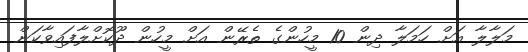
މަލާލާ އަށް ހަމަލާ ދިން 10 މީހުންގެ ތެރޭން އަށް މީހުން ދޫކޮށްލާފައިވާކަން